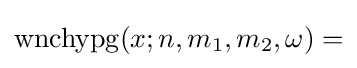
\operatorname {wnchypg} (x;n,m_{1},m_{2},\omega )=